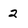
Character: 2